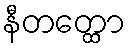
နီတတ္ထော